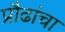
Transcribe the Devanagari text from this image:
प्रौढांचा